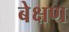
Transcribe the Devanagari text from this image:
बेक्षण